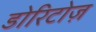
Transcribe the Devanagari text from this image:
डोरिटोज़